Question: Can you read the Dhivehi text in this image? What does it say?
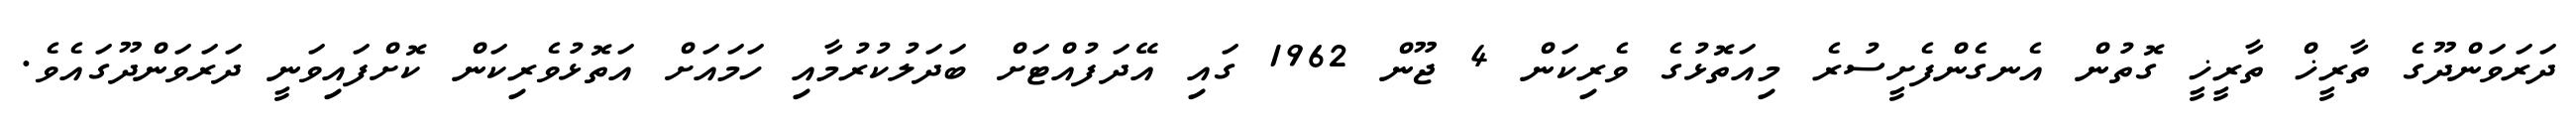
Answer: ދަރަވަންދޫގެ ތާރީޚް ތާރީޚީ ގޮތުން އެނގެންފެށީސުރެ މިއަތޮޅުގެ ވެރިކަން 4 ޖޫން 1962 ގައި އޭދަފުއްޓަށް ބަދަލުކުރުމާއި ހަމައަށް އަތޮޅުވެރިކަން ކޮށްފައިވަނީ ދަރަވަންދޫގައެވެ.